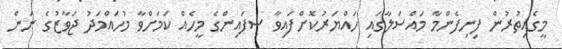
މީގެއިތުރުން ފިނިފެންމާ މައްސަލާގައި ހައްޔަރުކޮށްފައިވާ ސިފައިންގެ މީހެއް ކަމަށްވާ މުހައްމަދު ޖަވާޒުގެ ނަން